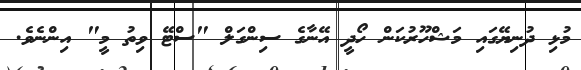
މުޅި ދުނިޔޭގައި މަޝްހޫރުކަން ހޯދީ އޭނާގެ ސިންގަލް "ސްޓޭ ވިތު މީ" އިންނެވެ.